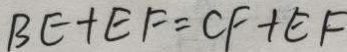
B E + E F = C F + E F